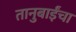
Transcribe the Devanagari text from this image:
तानुबाईंचा